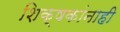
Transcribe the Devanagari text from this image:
शिक्षकांनाही